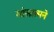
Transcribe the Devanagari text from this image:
मांसात्मने